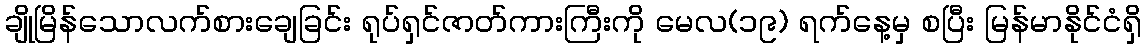
ချိုမြိန်သောလက်စားချေခြင်း ရုပ်ရှင်ဇာတ်ကားကြီးကို မေလ(၁၉) ရက်နေ့မှ စပြီး မြန်မာနိုင်ငံရှိ